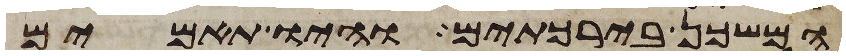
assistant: המשכן בירכתים והיו תאמים